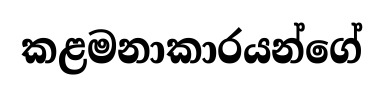
කළමනාකාරයන්ගේ